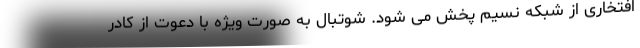
افتخاری از شبکه نسیم پخش می شود. شوتبال به صورت ویژه با دعوت از کادر